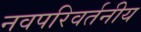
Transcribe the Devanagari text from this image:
नवपरिवर्तनीय